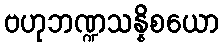
ဗဟုဘဏ္ဍသန္နိစယော